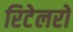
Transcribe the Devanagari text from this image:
रिटेलरों